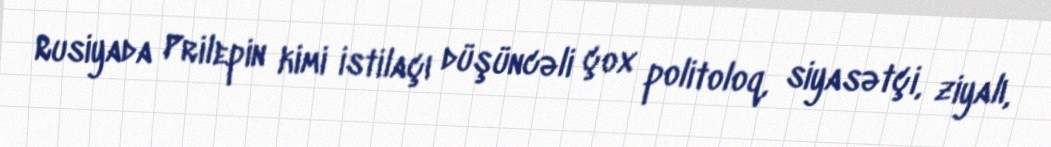
Rusiyada Prilepin kimi istilaçı düşüncəli çox politoloq, siyasətçi, ziyalı,